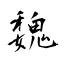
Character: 魏